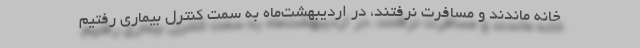
خانه ماندند و مسافرت نرفتند، در اردیبهشت‌ماه به سمت کنترل بیماری رفتیم